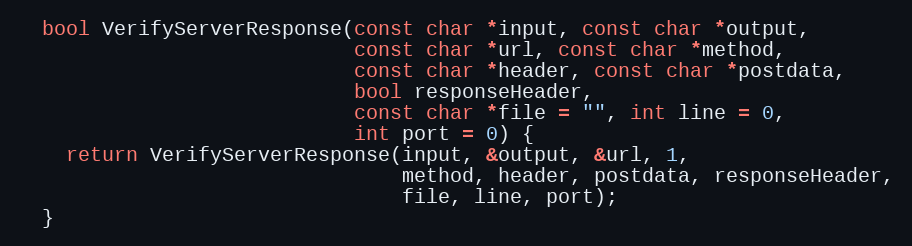
Language: C
  bool VerifyServerResponse(const char *input, const char *output,
                            const char *url, const char *method,
                            const char *header, const char *postdata,
                            bool responseHeader,
                            const char *file = "", int line = 0,
                            int port = 0) {
    return VerifyServerResponse(input, &output, &url, 1,
                                method, header, postdata, responseHeader,
                                file, line, port);
  }